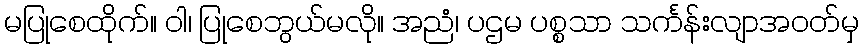
မပြုစေထိုက်။ ဝါ၊ ပြုစေဘွယ်မလို။ အညံ၊ ပဌမ ပစ္စသာ သင်္ကန်းလျာအဝတ်မှ